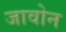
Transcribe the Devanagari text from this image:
जावोन